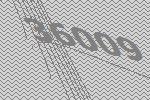
36009